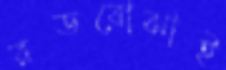
রডবোঝাই